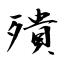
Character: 殨